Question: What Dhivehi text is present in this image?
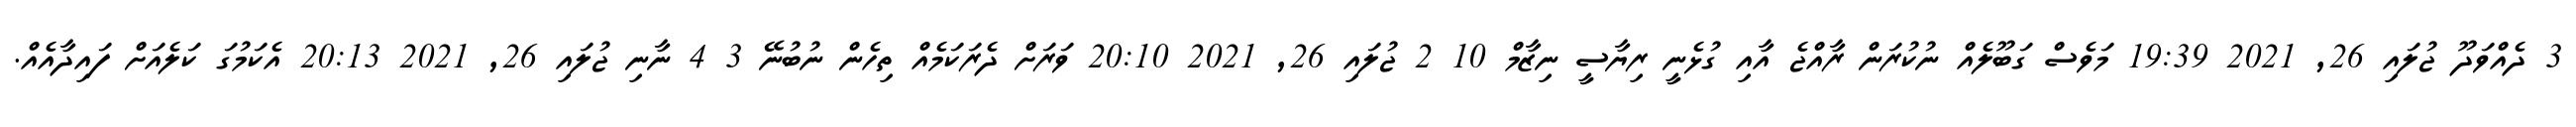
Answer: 3 ދެއްވަދޫ ޖުލައި 26, 2021 19:39 މަވެސް ގަބޫލެއް ނުކުރަން ރާއްޖެ އާއި ގުޅެނީ ރިޔާސީ ނިޒާމް 10 2 ޖުލައި 26, 2021 20:10 ވަރަށް ދެރަކަމެއް ތިހެން ނުބުނޭ 3 4 ނާނި ޖުލައި 26, 2021 20:13 އެކަމުގަ ކަލެއަށް ފައިދާއެއް.